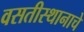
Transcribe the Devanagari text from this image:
वसतीस्थानाचे